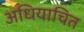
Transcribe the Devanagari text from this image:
अधियाचित